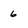
Character: 6